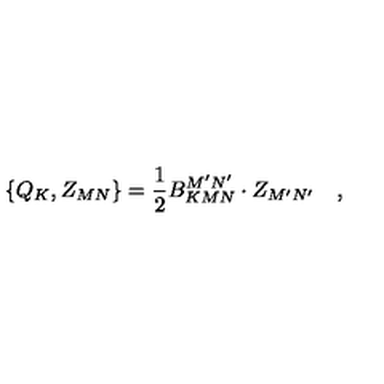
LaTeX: \left\{ Q _ { K } , Z _ { M N } \right\} = \frac 1 2 B _ { K M N } ^ { M ^ { \prime } N ^ { \prime } } \cdot Z _ { M ^ { \prime } N ^ { \prime } } \quad ,